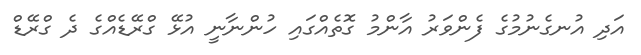
އަދި އުނގެނުމުގެ ފެންވަރު އާންމު ގޮތެއްގައި ހުންނާނީ އުޅޭ ގްރޭޑެއްގެ ދެ ގްރޭޑް